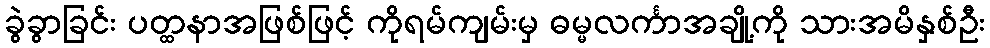
ခွဲခွာခြင်း ပတ္ထနာအဖြစ်ဖြင့် ကိုရမ်ကျမ်းမှ ဓမ္မလင်္ကာအချို့ကို သားအမိနှစ်ဦး